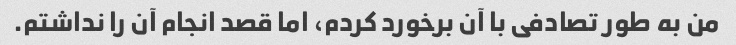
من به طور تصادفی با آن برخورد کردم، اما قصد انجام آن را نداشتم.